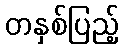
တနှစ်ပြည့်